Treatise on elephants
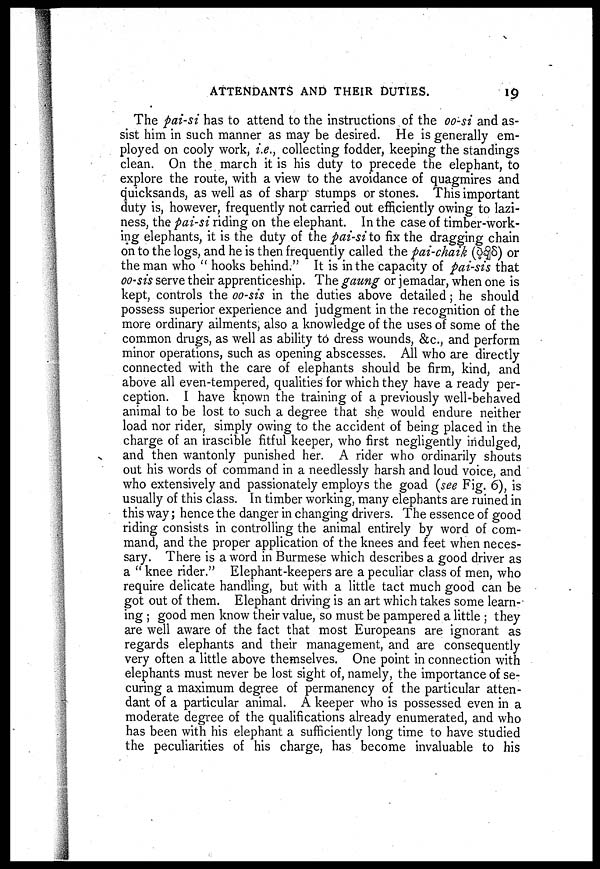
ATTENDANTS AND THEIR DUTIES.
19
The pai-si has to attend to the instructions of the oo-si and as-
sist him in such manner as may be desired. He is generally em-
ployed on cooly work, i.e., collecting fodder, keeping the standings
clean. On the march it is his duty to precede the elephant, to
explore the route, with a view to the avoidance of quagmires and
quicksands, as well as of sharp stumps or stones. This important
duty is, however, frequently not carried out efficiently owing to lazi-
ness, the pai-si riding on the elephant. In the case of timber-work-
ing elephants, it is the duty of the pai-si to fix the dragging chain
on to the logs, and he is then frequently called the pai-chaik (
) or
the man who " hooks behind." It is in the capacity of pai-sis that
oo-sis serve their apprenticeship. The gaung or jemadar, when one is
kept, controls the oo-sis in the duties above detailed; he should
possess superior experience and judgment in the recognition of the
more ordinary ailments, also a knowledge of the uses of some of the
common drugs, as well as ability to dress wounds, &c., and perform
minor operations, such as opening abscesses. All who are directly
connected with the care of elephants should be firm, kind, and
above all even-tempered, qualities for which they have a ready per-
ception. I have known the training of a previously well-behaved
animal to be lost to such a degree that she would endure neither
load nor rider, simply owing to the accident of being placed in the
charge of an irascible fitful keeper, who first negligently indulged,
and then wantonly punished her. A rider who ordinarily shouts
out his words of command in a needlessly harsh and loud voice, and
who extensively and passionately employs the goad (see Fig. 6), is
usually of this class. In timber working, many elephants are ruined in
this way; hence the danger in changing drivers. The essence of good
riding consists in controlling the animal entirely by word of com-
mand, and the proper application of the knees and feet when neces-
sary. There is a word in Burmese which describes a good driver as
a " knee rider." Elephant-keepers are a peculiar class of men, who
require delicate handling, but with a little tact much good can be
got out of them. Elephant driving is an art which takes some learn-
ing ; good men know their value, so must be pampered a little ; they
are well aware of the fact that most Europeans are ignorant as
regards elephants and their management, and are consequently
very often a little above themselves. One point in connection with
elephants must never be lost sight of, namely, the importance of se-
curing a maximum degree of permanency of the particular atten-
dant of a particular animal. A keeper who is possessed even in a
moderate degree of the qualifications already enumerated, and who
has been with his elephant a sufficiently long time to have studied
the peculiarities of his charge, has become invaluable to his